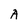
Character: A